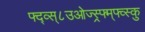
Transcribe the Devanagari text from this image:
फ्द्व्स्८उओज्स्र्फ्म्फ्व्स्कु